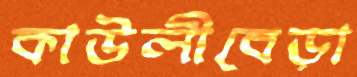
কাউলীবেড়া